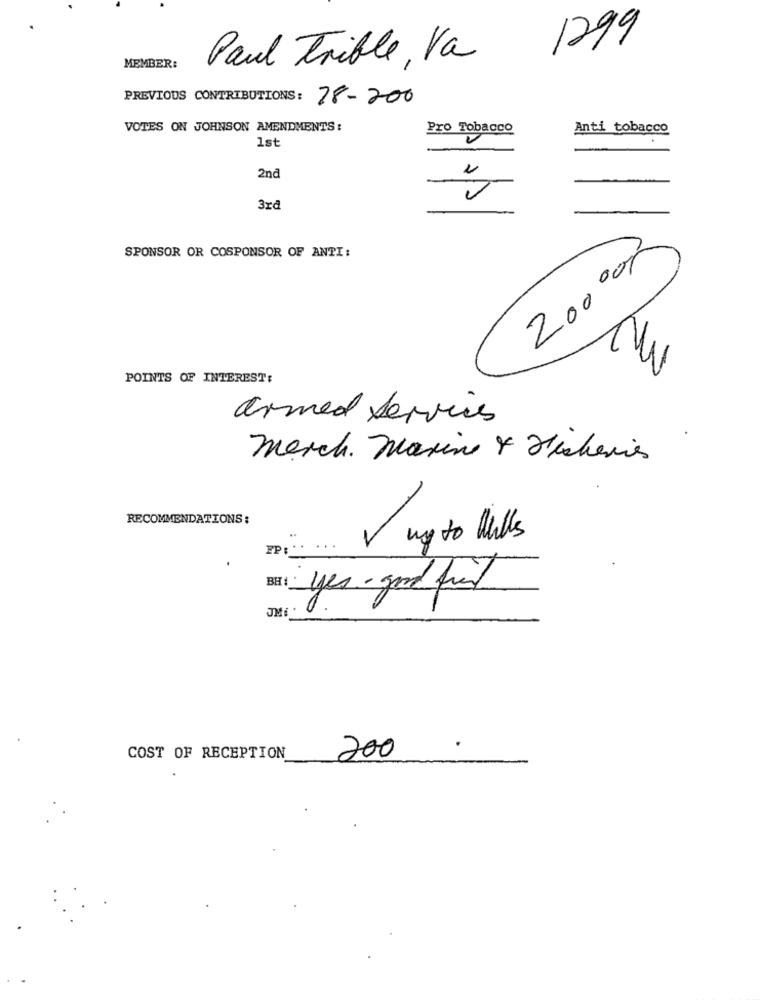
1299
Paul Trible, Va
MEMBER:
PREVIOUS CONTRIBUTIONS: 78-200
VOTES ON JOHNSON AMENDMENTS :
Pro Tobacco
Anti tobacco
1st
2nd
3rd
SPONSOR OR COSPONSOR OF ANTI:
200 000
POINTS OF INTEREST:
armed Services
merch. Marine & Fisheries
RECOMMENDATIONS:
V ug to Wills
FP
BH1
yes . good friend
JM
COST OF RECEPTION
200